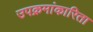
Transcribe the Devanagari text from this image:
उपक्रमांकारिता